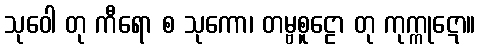
သုဝေါ တု ကီရော စ သုကော၊ တမ္ဗစူဠော တု ကုက္ကုဋော။